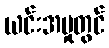
ယင်းအမှုတွင်